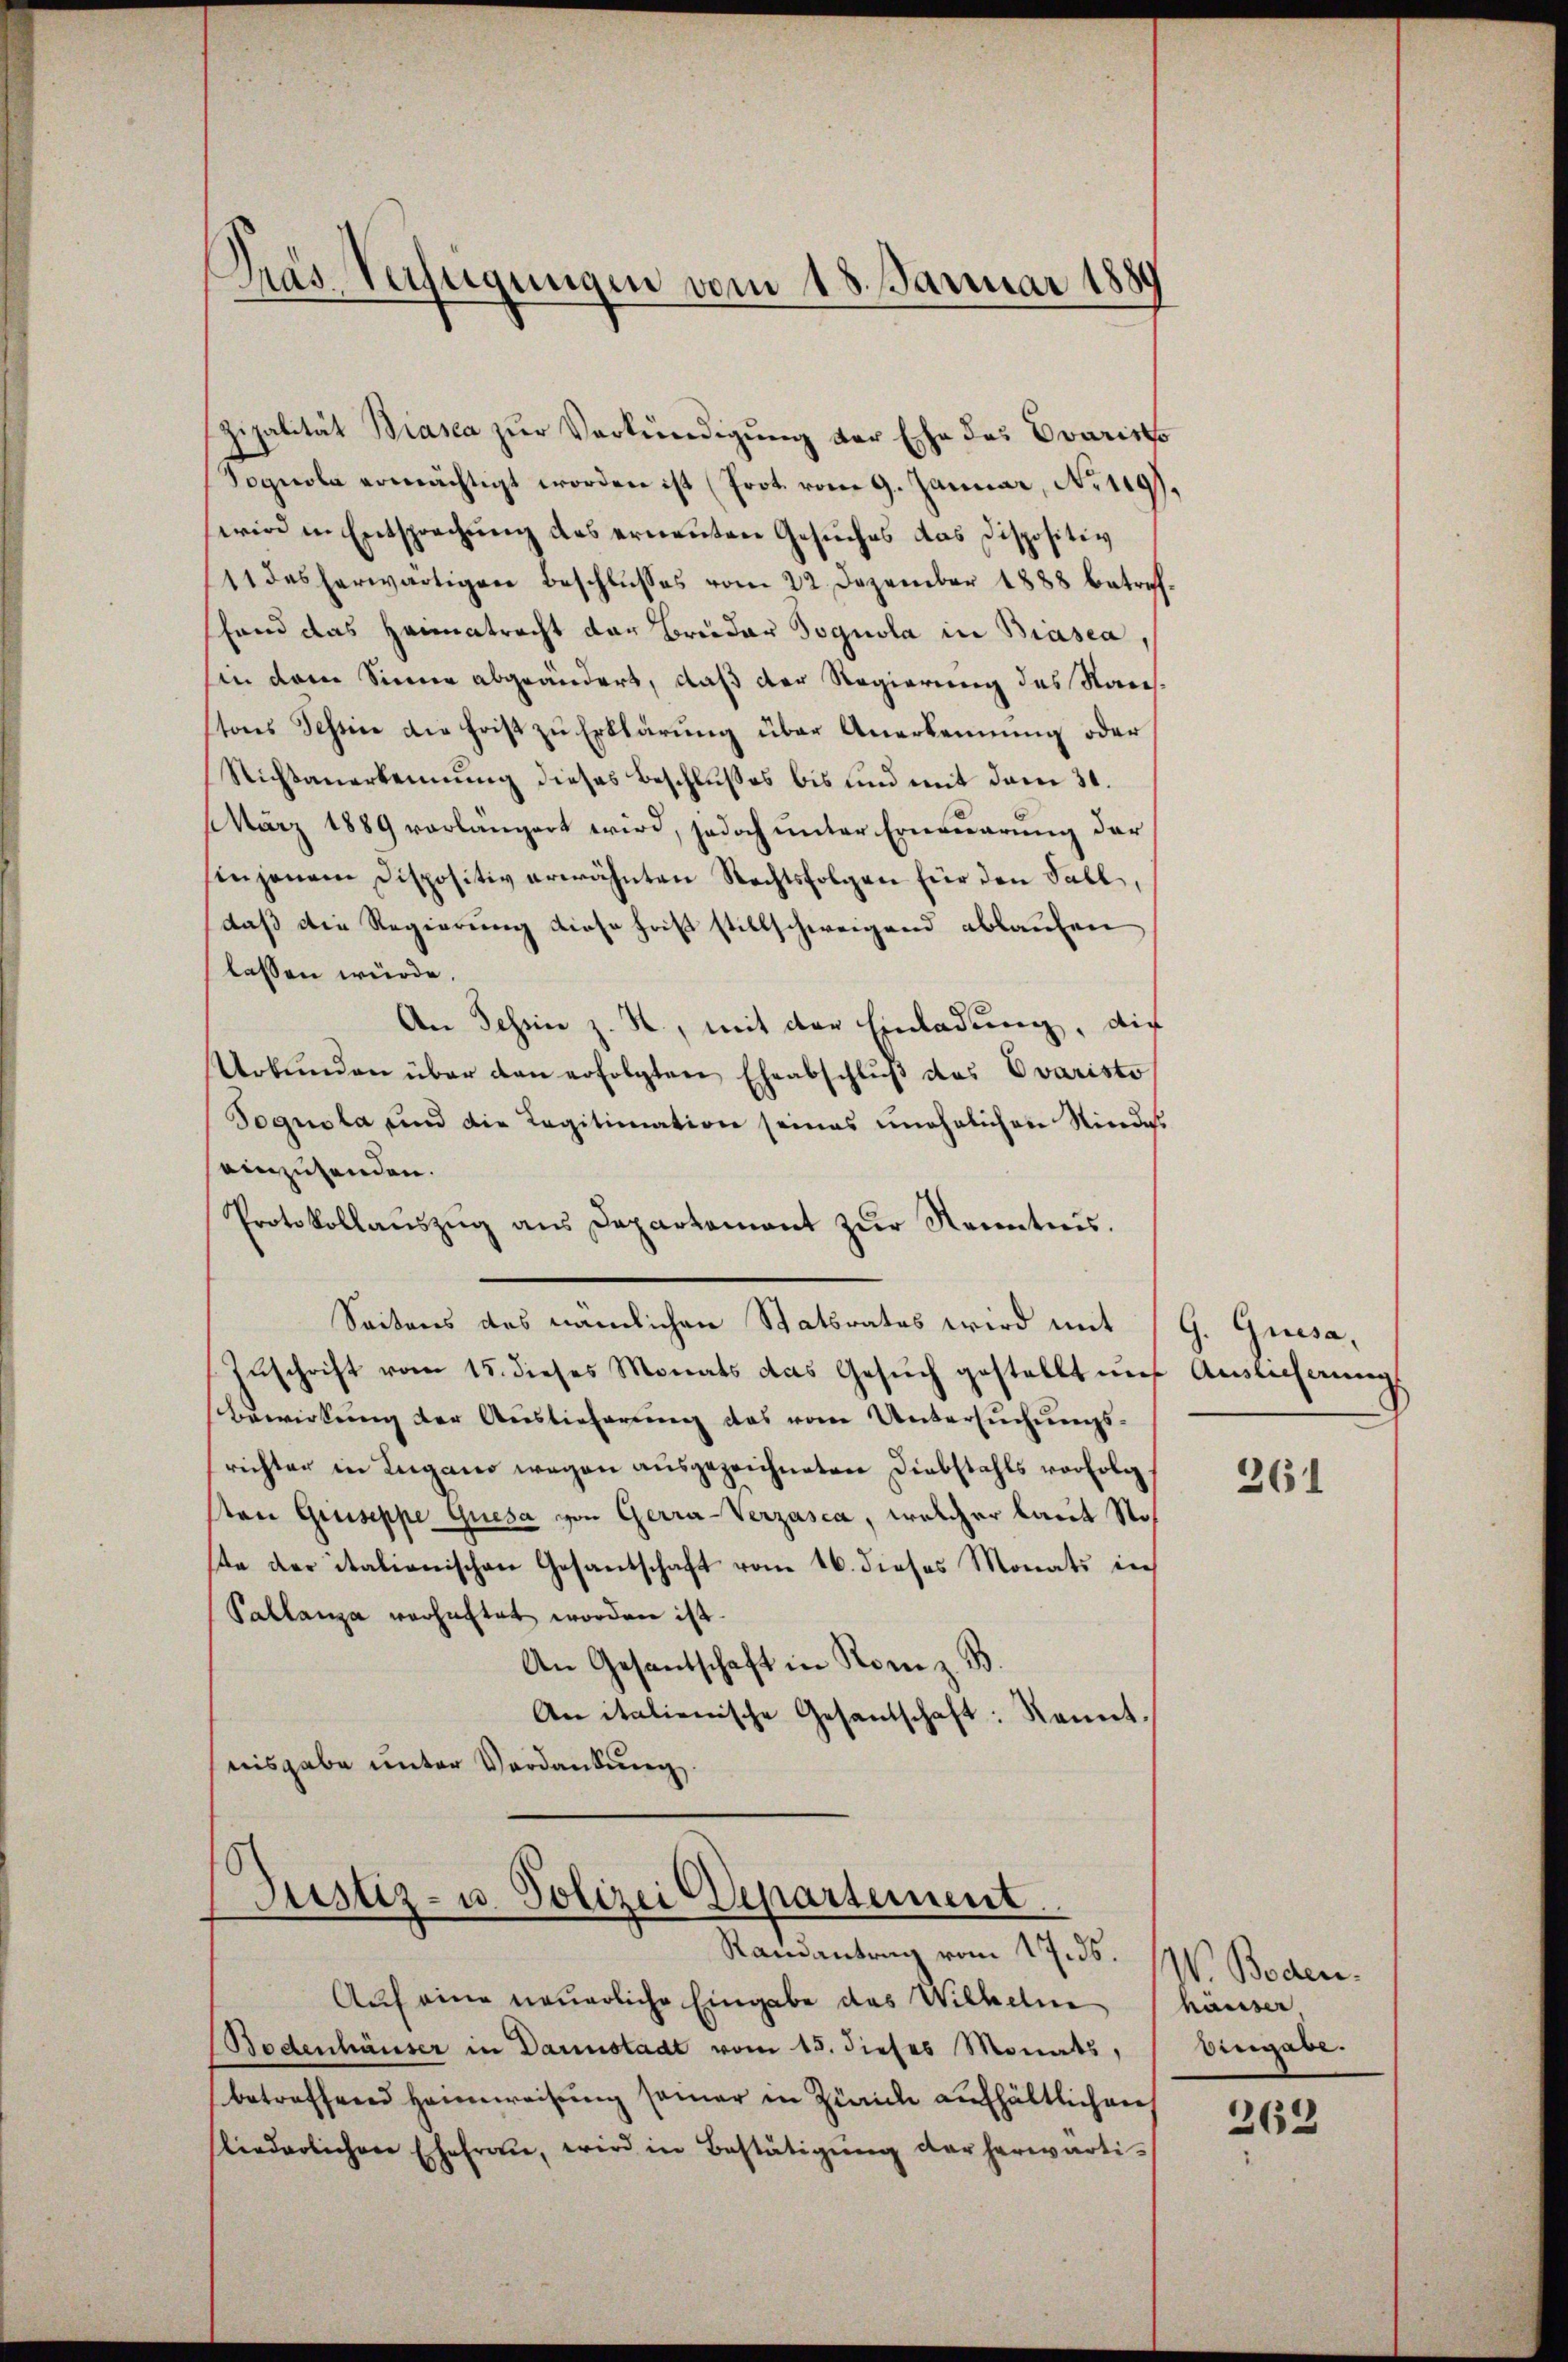
Dias Verfügungen vom 18. Januar 1880

zipalität Biasca zur Verkündigung der Ehe des Evaristo
Sognola ermächtigt worden ist (Prot. vom 9. Januar, No. 119).
wird in Entsprechung des erneuten Gesuches das Dispositiv
11 das herwärtigen Beschlŭsses vom 22. Dezember 1888 betref-
fand das Heimatracht der Bruder Sognola in Biasca,
hin dem Sinne abgeändert, daß der Regierung des San.
stones Tessine die Frist zu Erklärung über Anerkennung oder
Nichtanerkennung dieses Beschlŭβes bis und mit dem 31.
März 1889 vorlängert wird, jedoch unter Erneuerung der
enjenem Dispositiv erwähnten Rechtsfolgen für den Fall,
daß die Regierung diese Frist stillschweigend ablaufen
lassen würde.
An Schein z. H., mit der Einladung, die
Urbŭnden über dan erfolgten Eheabschlŭβ des Evaristo
Pognola und die Legitimation seines unehelichen Niedes
einzusenden.
Protokollaŭszŭg ans Departement zŭr Kenntnis.
Seitens des nämlichen Statsrates wird mit
Zŭschrift vom 15. dieses Monats das Gesŭch gestellt und Auslicherŭngs
Bewirkung der Auslieferung das vom Untersuchungsrichter in Lugano wegen ausgezeichneten Diebstahls vorfolgt
ten Gruseppe Guesa von Gerra-Verzasca, welcher laut Stof
ste der italionischen Gesantschaft vom 16. dieses Monats in
Pallanza verhaftet worden ist.
An Gesandschaft in Rom z. B.
An italienische Gesandtschaft: kannt.
nisgabe unter Verdankung.

Justiz- u. Polizei Departement
Randantrag vom 17. ds. W. Boden.

Auf eine neuerliche Eingabe des Wilhelm
Bodenhäuser in Darmstadt vom 15. dieses Monats,
betreffend Heimweisung seiner in Zürich aufhältlichen
liederlichen Ehefrau, wird in Bestätigŭng der herwärti-

G. Quisa,

261

häuser
Eingabe.

262